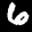
Label: 6